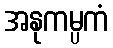
အနုကမ္ပကံ